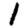
Digit: 1